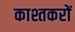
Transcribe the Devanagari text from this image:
काश्तकरों